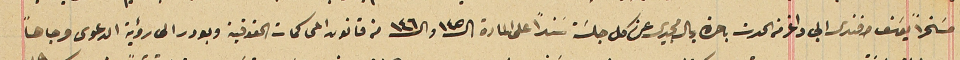
مسخراً يوسَف افندى ابى داغر من الحدت باحرة ريال مجيدى عن كل جلسَة سَنداً على المادة الـ١٤٥ه والـ ١٤٦ من قانون المحاكمات الحقوقية وبودر الى رؤية الدعوى وجاهاً